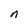
Character: n